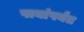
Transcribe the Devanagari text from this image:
पायांपर्यंत